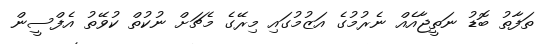
ތަފާތު ބޮޑު ނަތީޖާއެއް ނެރުމުގެ އަޒުމުގައި މިރޭގެ މެޗަށް ނުކުތް ކުވޭތު އެފްސީން